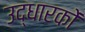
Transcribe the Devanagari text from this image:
उद्धारकों